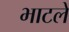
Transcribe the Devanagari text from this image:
भाटले